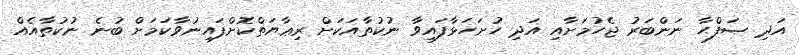
އަދި ޞަފްޙާ ނަންބަރު ޖެހުމަށާއި އަދި ހުށަހަޅާފައިވާ ނުކުތާއަކަށް ރިޢާޔަތްކޮށްފައިނުވާކަމަށް ބުނެ ނުކުތާއެއް